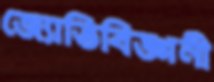
জ্যোতিবিজ্ঞানী